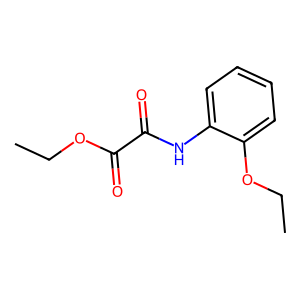
SMILES: CCOC(=O)C(=O)Nc1ccccc1OCC
Inhibits HIV replication: No